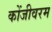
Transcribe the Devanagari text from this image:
कोंजीवरम